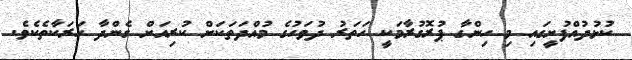
ކުޅުދުއްފުށީގައި މި ހިންގާ ޕުރޮގުރާމަކީ ހަތަރު ދުވަހުގެ މުއްދަތަކަށް ކުރިއަށް ގެންދާ ހަރަކާތެކެވެ.